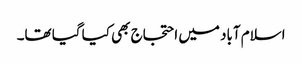
اسلام آباد میں احتجاج بھی کیا گیا تھا۔